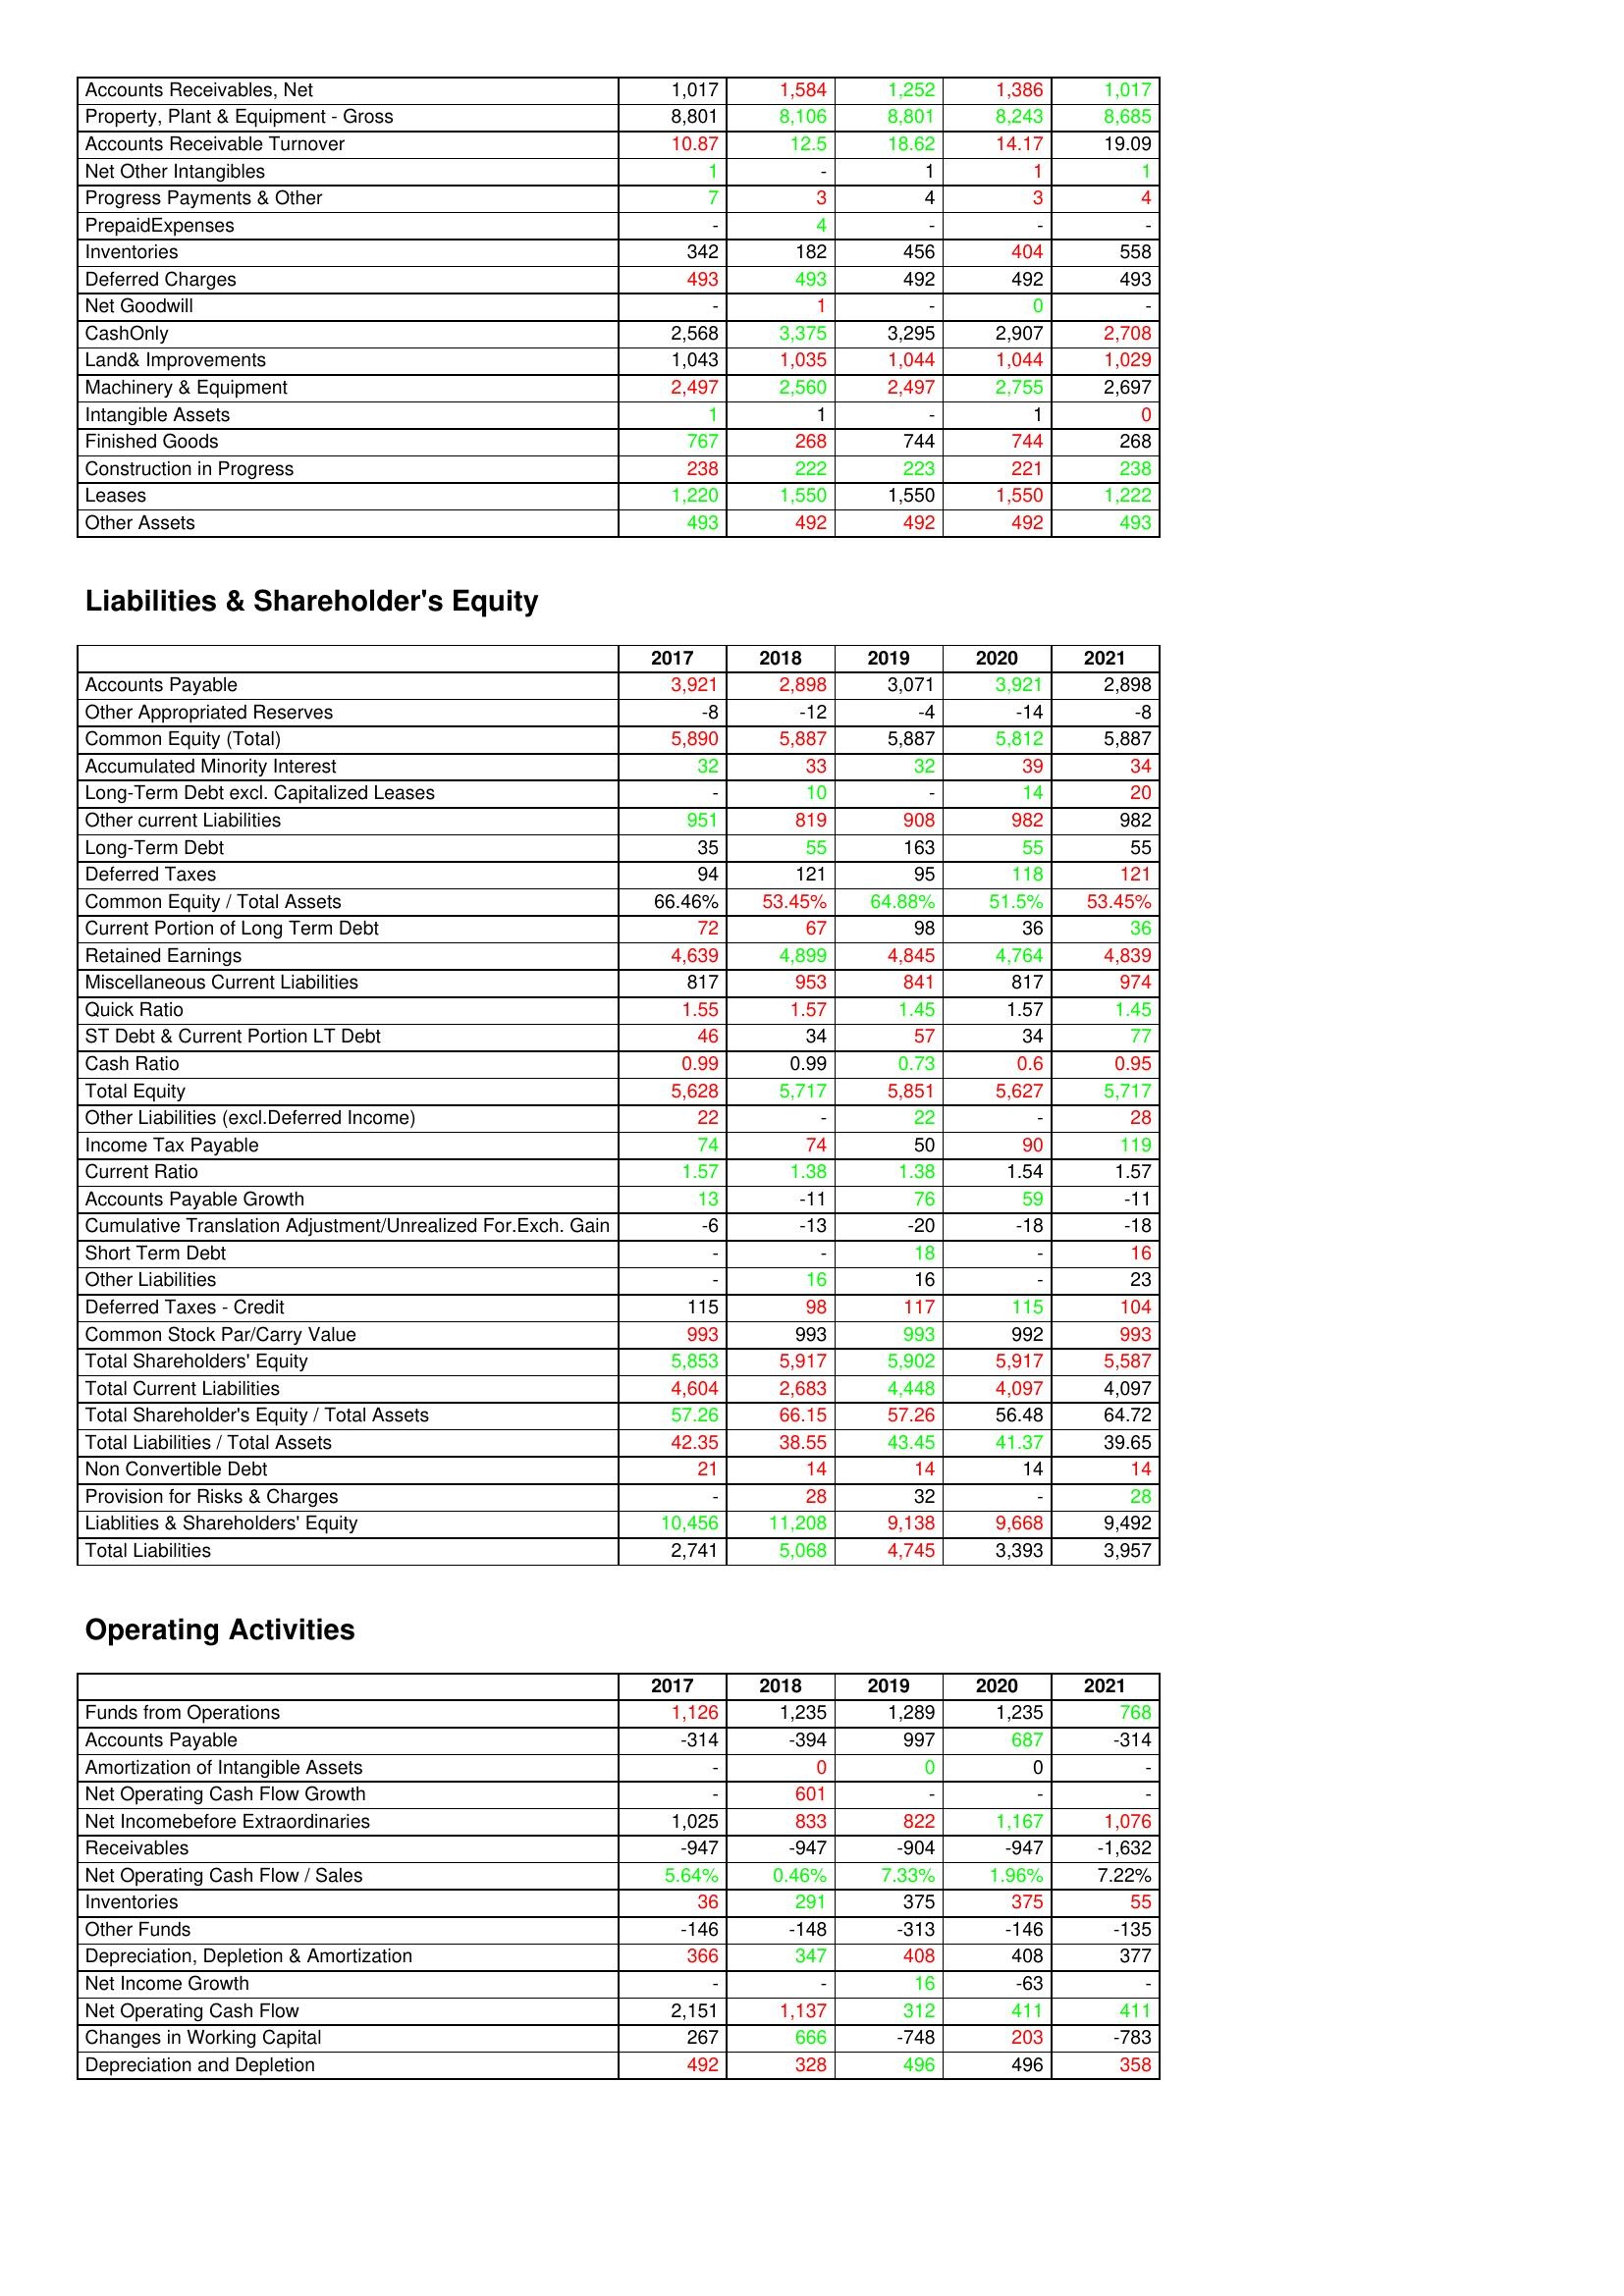
gt_parse: 2017: Assets: Accounts Receivables, Net: 1,017
Property, Plant & Equipment - Gross : 8,801
Accounts Receivable Turnover: 10.87
Net Other Intangibles: 1
Progress Payments & Other: 7
PrepaidExpenses: -
Inventories: 342
Deferred Charges: 493
Net Goodwill: -
CashOnly: 2,568
Land& Improvements: 1,043
Machinery & Equipment: 2,497
Intangible Assets: 1
Finished Goods: 767
Construction in Progress: 238
Leases: 1,220
Other Assets: 493
Liabilities & Shareholder's Equity: Accounts Payable: 3,921
Other Appropriated Reserves: -8
Common Equity (Total): 5,890
Accumulated Minority Interest: 32
Long-Term Debt excl. Capitalized Leases: -
Other current Liabilities: 951
Long-Term Debt: 35
Deferred Taxes: 94
Common Equity / Total Assets: 66.46%
Current Portion of Long Term Debt: 72
Retained Earnings: 4,639
Miscellaneous Current Liabilities: 817
Quick Ratio: 1.55
ST Debt & Current Portion LT Debt: 46
Cash Ratio: 0.99
Total Equity: 5,628
Other Liabilities (excl.Deferred Income): 22
Income Tax Payable: 74
Current Ratio: 1.57
Accounts Payable Growth: 13
Cumulative Translation Adjustment/Unrealized For.Exch. Gain: -6
Short Term Debt: -
Other Liabilities: -
Deferred Taxes - Credit: 115
Common Stock Par/Carry Value: 993
Total Shareholders' Equity: 5,853
Total Current Liabilities: 4,604
Total Shareholder's Equity / Total Assets: 57.26
Total Liabilities / Total Assets: 42.35
Non Convertible Debt: 21
Provision for Risks & Charges: -
Liablities & Shareholders' Equity: 10,456
Total Liabilities: 2,741
Operating Activities: Funds from Operations: 1,126
Accounts Payable: -314
Amortization of Intangible Assets: -
Net Operating Cash Flow Growth: -
Net Incomebefore Extraordinaries: 1,025
Receivables: -947
Net Operating Cash Flow / Sales: 5.64%
Inventories: 36
Other Funds: -146
Depreciation, Depletion & Amortization: 366
Net Income Growth: -
Net Operating Cash Flow: 2,151
Changes in Working Capital: 267
Depreciation and Depletion: 492
2018: Assets: Accounts Receivables, Net: 1,584
Property, Plant & Equipment - Gross : 8,106
Accounts Receivable Turnover: 12.5
Net Other Intangibles: -
Progress Payments & Other: 3
PrepaidExpenses: 4
Inventories: 182
Deferred Charges: 493
Net Goodwill: 1
CashOnly: 3,375
Land& Improvements: 1,035
Machinery & Equipment: 2,560
Intangible Assets: 1
Finished Goods: 268
Construction in Progress: 222
Leases: 1,550
Other Assets: 492
Liabilities & Shareholder's Equity: Accounts Payable: 2,898
Other Appropriated Reserves: -12
Common Equity (Total): 5,887
Accumulated Minority Interest: 33
Long-Term Debt excl. Capitalized Leases: 10
Other current Liabilities: 819
Long-Term Debt: 55
Deferred Taxes: 121
Common Equity / Total Assets: 53.45%
Current Portion of Long Term Debt: 67
Retained Earnings: 4,899
Miscellaneous Current Liabilities: 953
Quick Ratio: 1.57
ST Debt & Current Portion LT Debt: 34
Cash Ratio: 0.99
Total Equity: 5,717
Other Liabilities (excl.Deferred Income): -
Income Tax Payable: 74
Current Ratio: 1.38
Accounts Payable Growth: -11
Cumulative Translation Adjustment/Unrealized For.Exch. Gain: -13
Short Term Debt: -
Other Liabilities: 16
Deferred Taxes - Credit: 98
Common Stock Par/Carry Value: 993
Total Shareholders' Equity: 5,917
Total Current Liabilities: 2,683
Total Shareholder's Equity / Total Assets: 66.15
Total Liabilities / Total Assets: 38.55
Non Convertible Debt: 14
Provision for Risks & Charges: 28
Liablities & Shareholders' Equity: 11,208
Total Liabilities: 5,068
Operating Activities: Funds from Operations: 1,235
Accounts Payable: -394
Amortization of Intangible Assets: 0
Net Operating Cash Flow Growth: 601
Net Incomebefore Extraordinaries: 833
Receivables: -947
Net Operating Cash Flow / Sales: 0.46%
Inventories: 291
Other Funds: -148
Depreciation, Depletion & Amortization: 347
Net Income Growth: -
Net Operating Cash Flow: 1,137
Changes in Working Capital: 666
Depreciation and Depletion: 328
2019: Assets: Accounts Receivables, Net: 1,252
Property, Plant & Equipment - Gross : 8,801
Accounts Receivable Turnover: 18.62
Net Other Intangibles: 1
Progress Payments & Other: 4
PrepaidExpenses: -
Inventories: 456
Deferred Charges: 492
Net Goodwill: -
CashOnly: 3,295
Land& Improvements: 1,044
Machinery & Equipment: 2,497
Intangible Assets: -
Finished Goods: 744
Construction in Progress: 223
Leases: 1,550
Other Assets: 492
Liabilities & Shareholder's Equity: Accounts Payable: 3,071
Other Appropriated Reserves: -4
Common Equity (Total): 5,887
Accumulated Minority Interest: 32
Long-Term Debt excl. Capitalized Leases: -
Other current Liabilities: 908
Long-Term Debt: 163
Deferred Taxes: 95
Common Equity / Total Assets: 64.88%
Current Portion of Long Term Debt: 98
Retained Earnings: 4,845
Miscellaneous Current Liabilities: 841
Quick Ratio: 1.45
ST Debt & Current Portion LT Debt: 57
Cash Ratio: 0.73
Total Equity: 5,851
Other Liabilities (excl.Deferred Income): 22
Income Tax Payable: 50
Current Ratio: 1.38
Accounts Payable Growth: 76
Cumulative Translation Adjustment/Unrealized For.Exch. Gain: -20
Short Term Debt: 18
Other Liabilities: 16
Deferred Taxes - Credit: 117
Common Stock Par/Carry Value: 993
Total Shareholders' Equity: 5,902
Total Current Liabilities: 4,448
Total Shareholder's Equity / Total Assets: 57.26
Total Liabilities / Total Assets: 43.45
Non Convertible Debt: 14
Provision for Risks & Charges: 32
Liablities & Shareholders' Equity: 9,138
Total Liabilities: 4,745
Operating Activities: Funds from Operations: 1,289
Accounts Payable: 997
Amortization of Intangible Assets: 0
Net Operating Cash Flow Growth: -
Net Incomebefore Extraordinaries: 822
Receivables: -904
Net Operating Cash Flow / Sales: 7.33%
Inventories: 375
Other Funds: -313
Depreciation, Depletion & Amortization: 408
Net Income Growth: 16
Net Operating Cash Flow: 312
Changes in Working Capital: -748
Depreciation and Depletion: 496
2020: Assets: Accounts Receivables, Net: 1,386
Property, Plant & Equipment - Gross : 8,243
Accounts Receivable Turnover: 14.17
Net Other Intangibles: 1
Progress Payments & Other: 3
PrepaidExpenses: -
Inventories: 404
Deferred Charges: 492
Net Goodwill: 0
CashOnly: 2,907
Land& Improvements: 1,044
Machinery & Equipment: 2,755
Intangible Assets: 1
Finished Goods: 744
Construction in Progress: 221
Leases: 1,550
Other Assets: 492
Liabilities & Shareholder's Equity: Accounts Payable: 3,921
Other Appropriated Reserves: -14
Common Equity (Total): 5,812
Accumulated Minority Interest: 39
Long-Term Debt excl. Capitalized Leases: 14
Other current Liabilities: 982
Long-Term Debt: 55
Deferred Taxes: 118
Common Equity / Total Assets: 51.5%
Current Portion of Long Term Debt: 36
Retained Earnings: 4,764
Miscellaneous Current Liabilities: 817
Quick Ratio: 1.57
ST Debt & Current Portion LT Debt: 34
Cash Ratio: 0.6
Total Equity: 5,627
Other Liabilities (excl.Deferred Income): -
Income Tax Payable: 90
Current Ratio: 1.54
Accounts Payable Growth: 59
Cumulative Translation Adjustment/Unrealized For.Exch. Gain: -18
Short Term Debt: -
Other Liabilities: -
Deferred Taxes - Credit: 115
Common Stock Par/Carry Value: 992
Total Shareholders' Equity: 5,917
Total Current Liabilities: 4,097
Total Shareholder's Equity / Total Assets: 56.48
Total Liabilities / Total Assets: 41.37
Non Convertible Debt: 14
Provision for Risks & Charges: -
Liablities & Shareholders' Equity: 9,668
Total Liabilities: 3,393
Operating Activities: Funds from Operations: 1,235
Accounts Payable: 687
Amortization of Intangible Assets: 0
Net Operating Cash Flow Growth: -
Net Incomebefore Extraordinaries: 1,167
Receivables: -947
Net Operating Cash Flow / Sales: 1.96%
Inventories: 375
Other Funds: -146
Depreciation, Depletion & Amortization: 408
Net Income Growth: -63
Net Operating Cash Flow: 411
Changes in Working Capital: 203
Depreciation and Depletion: 496
2021: Assets: Accounts Receivables, Net: 1,017
Property, Plant & Equipment - Gross : 8,685
Accounts Receivable Turnover: 19.09
Net Other Intangibles: 1
Progress Payments & Other: 4
PrepaidExpenses: -
Inventories: 558
Deferred Charges: 493
Net Goodwill: -
CashOnly: 2,708
Land& Improvements: 1,029
Machinery & Equipment: 2,697
Intangible Assets: 0
Finished Goods: 268
Construction in Progress: 238
Leases: 1,222
Other Assets: 493
Liabilities & Shareholder's Equity: Accounts Payable: 2,898
Other Appropriated Reserves: -8
Common Equity (Total): 5,887
Accumulated Minority Interest: 34
Long-Term Debt excl. Capitalized Leases: 20
Other current Liabilities: 982
Long-Term Debt: 55
Deferred Taxes: 121
Common Equity / Total Assets: 53.45%
Current Portion of Long Term Debt: 36
Retained Earnings: 4,839
Miscellaneous Current Liabilities: 974
Quick Ratio: 1.45
ST Debt & Current Portion LT Debt: 77
Cash Ratio: 0.95
Total Equity: 5,717
Other Liabilities (excl.Deferred Income): 28
Income Tax Payable: 119
Current Ratio: 1.57
Accounts Payable Growth: -11
Cumulative Translation Adjustment/Unrealized For.Exch. Gain: -18
Short Term Debt: 16
Other Liabilities: 23
Deferred Taxes - Credit: 104
Common Stock Par/Carry Value: 993
Total Shareholders' Equity: 5,587
Total Current Liabilities: 4,097
Total Shareholder's Equity / Total Assets: 64.72
Total Liabilities / Total Assets: 39.65
Non Convertible Debt: 14
Provision for Risks & Charges: 28
Liablities & Shareholders' Equity: 9,492
Total Liabilities: 3,957
Operating Activities: Funds from Operations: 768
Accounts Payable: -314
Amortization of Intangible Assets: -
Net Operating Cash Flow Growth: -
Net Incomebefore Extraordinaries: 1,076
Receivables: -1,632
Net Operating Cash Flow / Sales: 7.22%
Inventories: 55
Other Funds: -135
Depreciation, Depletion & Amortization: 377
Net Income Growth: -
Net Operating Cash Flow: 411
Changes in Working Capital: -783
Depreciation and Depletion: 358